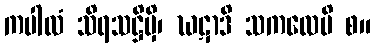
ကပါလံ သိရသဋ္ဌိမှိ၊ ဃဋာဒိ သကလေပိ စ။